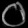
Digit: ၀